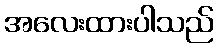
အလေးထားပါသည်